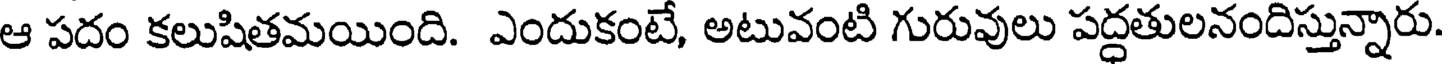
ఆ పదం కలుషితమయింది. ఎందుకంటే, అటువంటి గురువులు పద్ధతులనందిస్తున్నారు